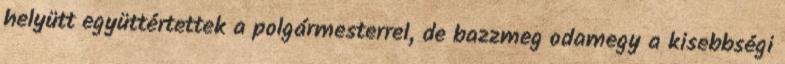
helyütt együttértettek a polgármesterrel, de bazzmeg odamegy a kisebbségi